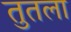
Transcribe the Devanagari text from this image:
तुतला